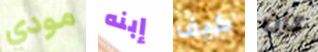
مودي إبنه كيف كان